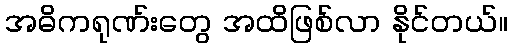
အဓိကရုဏ်းတွေ အထိဖြစ်လာ နိုင်တယ်။